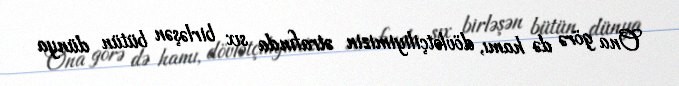
Ona görə də hamı, dövlətçiliyimizin ətrafında sıx birləşən bütün dünya